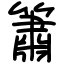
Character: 簫